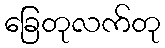
ခြေတုလက်တု